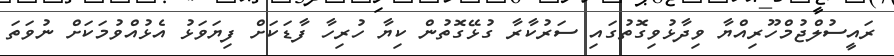
ރައީސުލްޖުމްހޫރިއްޔާ ވިދާޅުވިގޮތުގައި ސަރުކާރާ ގުޅޭގޮތުން ކިޔާ ހުރިހާ ފާޑަކަށް ފިޔަވަޅު އެޅުއްވުމަކަށް ނުވަތަ